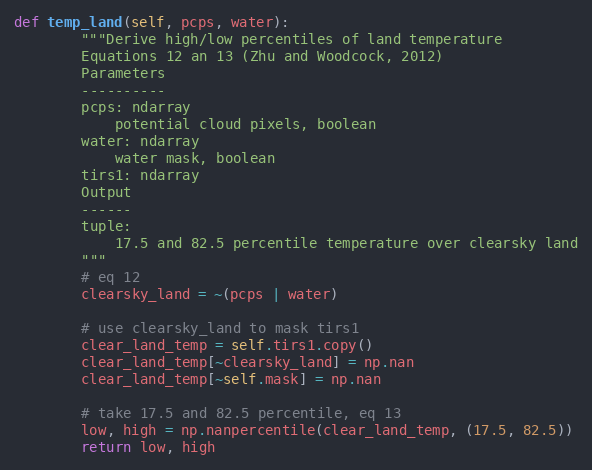
Language: Python
def temp_land(self, pcps, water):
        """Derive high/low percentiles of land temperature
        Equations 12 an 13 (Zhu and Woodcock, 2012)
        Parameters
        ----------
        pcps: ndarray
            potential cloud pixels, boolean
        water: ndarray
            water mask, boolean
        tirs1: ndarray
        Output
        ------
        tuple:
            17.5 and 82.5 percentile temperature over clearsky land
        """
        # eq 12
        clearsky_land = ~(pcps | water)

        # use clearsky_land to mask tirs1
        clear_land_temp = self.tirs1.copy()
        clear_land_temp[~clearsky_land] = np.nan
        clear_land_temp[~self.mask] = np.nan

        # take 17.5 and 82.5 percentile, eq 13
        low, high = np.nanpercentile(clear_land_temp, (17.5, 82.5))
        return low, high